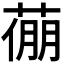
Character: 𦷛